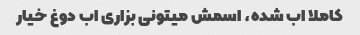
کاملا اب شده، اسمش میتونی بزاری اب دوغ خیار